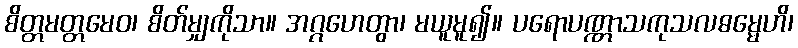
စိတ္တမတ္တမေဝ၊ စိတ်မျှကိုသာ။ အဂ္ဂဟေတွာ၊ မယူမူ၍။ ပရောပဏ္ဏာသကုသလဓမ္မေဟိ၊